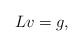
LaTeX: \begin{align*}Lv=g,\end{align*}